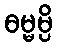
ဓမ္မမ္ပိ